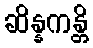
ဆိန္နကန္တိ